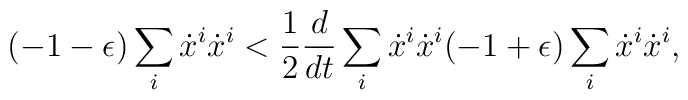
(-1- \epsilon) \sum_i \dot{x}^i \dot{x}^i  < \frac{1}{2} \frac{d}{dt}   \sum_i \dot{x}^i \dot{x}^i (-1 +\epsilon) \sum_i \dot{x}^i \dot{x}^i,